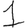
Digit: 1